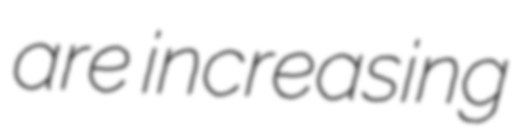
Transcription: are increasing